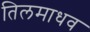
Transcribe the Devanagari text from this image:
तिलमाधव